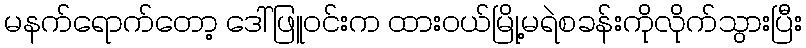
မနက်ရောက်တော့ ဒေါ်ဖြူဝင်းက ထားဝယ်မြို့မရဲစခန်းကိုလိုက်သွားပြီး